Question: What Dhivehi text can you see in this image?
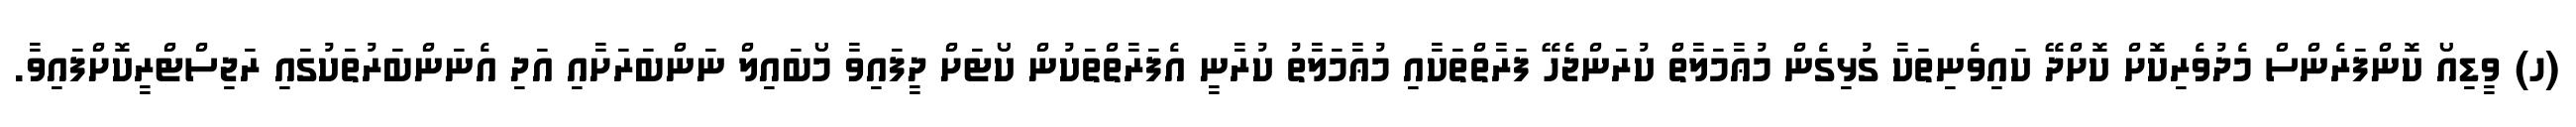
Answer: (ހ) ވީޑިއޯ ކޮންފަރެންސް މެދުވެރިކޮށް ކޮށްދޭ ކައިވެނިތަކާ ގުޅިގެން މުޢާމަލާތް ކުރަންޖެހޭ ފަރާތްތަކާއި މުޢާމަލާތު ކުރާނީ އެފަރާތްތަކުން ކޯޓަށް ދީފައިވާ މޯބައިލް ނަންބަރަށާއި އަދި އެނަންބަރުތަކުގައި ރަޖިސްޓްރީކޮށްފައިވާ.